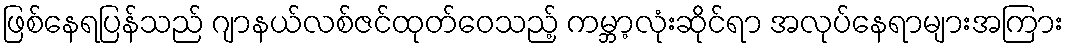
ဖြစ်နေရပြန်သည် ဂျာနယ်လစ်ဇင်ထုတ်ဝေသည့် ကမ္ဘာ့လုံးဆိုင်ရာ အလုပ်နေရာများအကြား